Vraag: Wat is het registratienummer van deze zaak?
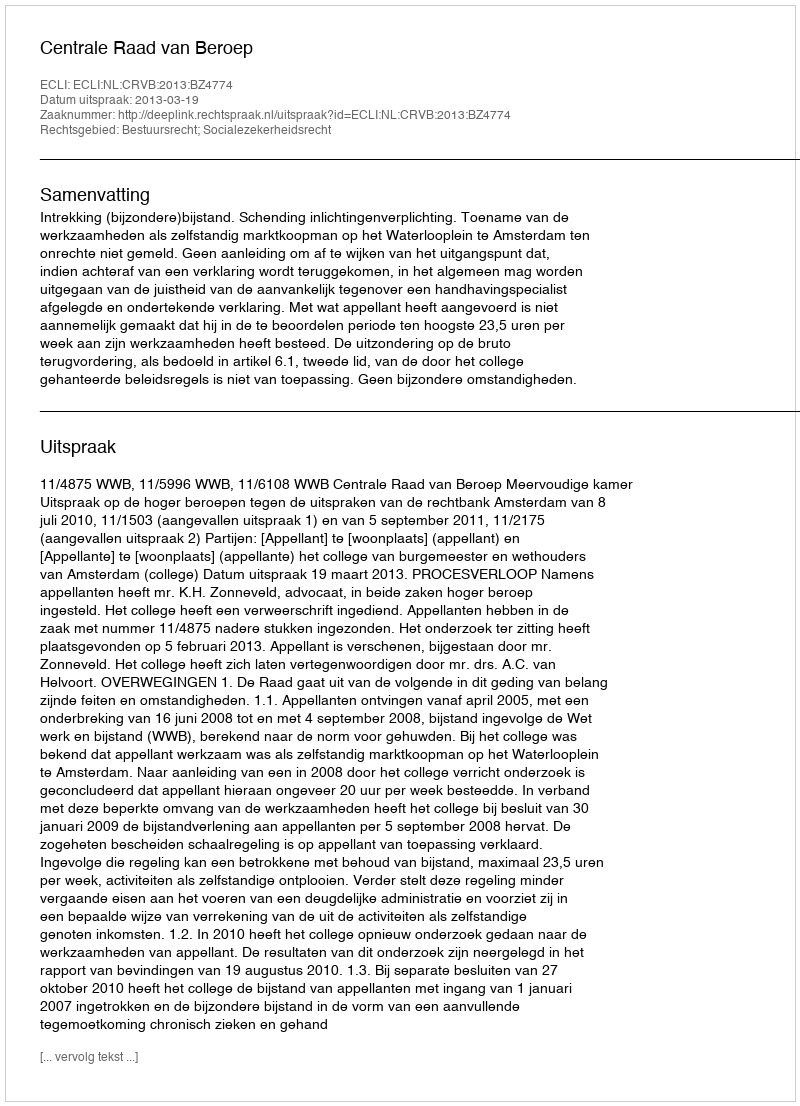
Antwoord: http://deeplink.rechtspraak.nl/uitspraak?id=ECLI:NL:CRVB:2013:BZ4774